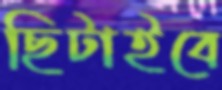
ছিটাইবে